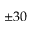
\pm 3 0